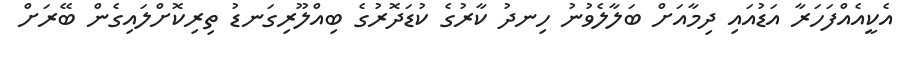
އެކީއެއްފަހަރާ އަޑުއައި ދިމާއަށް ބަލާލެވުނު ހިނދު ކާރުގެ ކުޑަދޮރުގެ ބިއްލޫރިގަނޑު ތިރިކޮށްލައިގެން ބޭރަށް